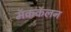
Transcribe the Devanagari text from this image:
मॅककॅलन